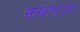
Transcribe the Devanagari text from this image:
साखरपट्ट्यात